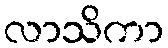
လာသိကာ